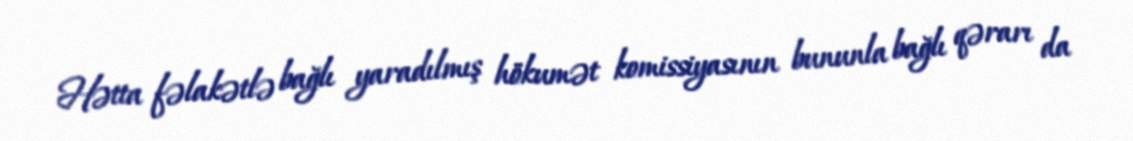
Hətta fəlakətlə bağlı yaradılmış hökumət komissiyasının bununla bağlı qərarı da